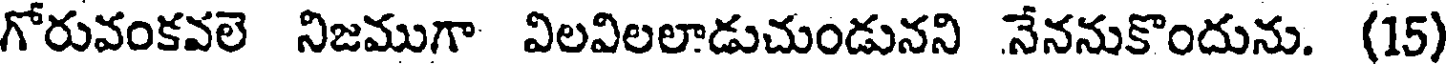
గోరువంకవలె నిజముగా విలవిలలాడుచుండునని నేననుకొందును. (15)